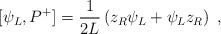
\begin{align*}[\psi_L,P^+] = {1\over2L}\left(z_R\psi_L + \psi_L z_R\right)\; ,\end{align*}